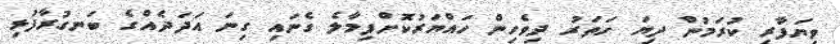
ވިޔަފާރި ކުރަމުން ދިޔަ ހަތަރު ދިވެހިން ހައްޔަރުކޮށްފިމާލެ ގެނައި ގިނަ އަދަދެއްގެ ބަނގުރާފުޅި